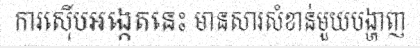
ការស៊ើបអង្កេតនេះ មានសារសំខាន់មួយបង្ហាញ